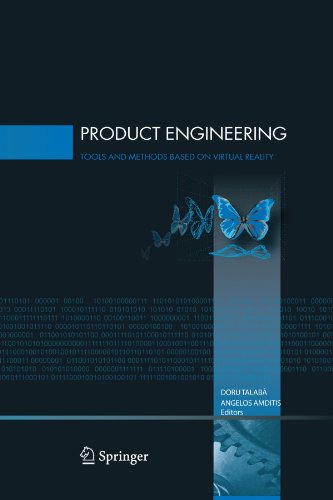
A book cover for Product Engineering: Tools and Methods Based on Virtual Reality; Engineering & Transportation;